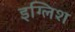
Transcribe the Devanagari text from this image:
इग्लिश